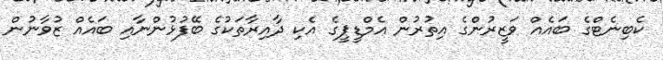
ކެބިނެޓްގެ ބައެއް ވަޒީރުންގެ އިތުރުން އެމްޑީޕީގެ އެކި ދާއިރާތަކުގެ ބޭފުޅުންނާއި ބައެއް ޒުވާނުން